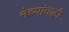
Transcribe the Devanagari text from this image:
नेच्यांचाही